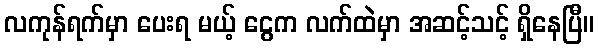
လကုန်ရက်မှာ ပေးရ မယ့် ငွေက လက်ထဲမှာ အဆင့်သင့် ရှိနေပြီ။